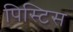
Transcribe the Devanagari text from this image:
पिस्टिस